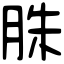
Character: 䏭